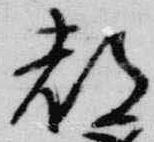
都